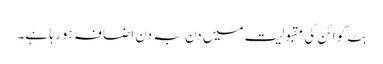
بِٹ کوائن کی مقبولیت میں دن بہ دن اضافہ ہو رہا ہے۔